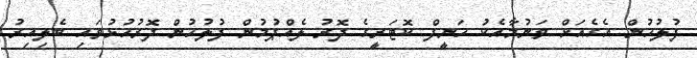
ފުލުހުން އެގެއަށް ވަނުމާއެކު ހަނީފް ކޮޓަރީގެ ދޮރު ލެއްޕުމުން ފުލުހުން ދޮރުހުޅުވައި ބެލިއިރު